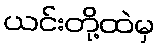
ယင်းတို့ထဲမှ